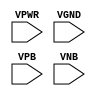
module sky130_fd_sc_hdll__decap (
    VPWR,
    VGND,
    VPB ,
    VNB
);

    // Module ports
    input VPWR;
    input VGND;
    input VPB ;
    input VNB ;
     // No contents.
endmodule